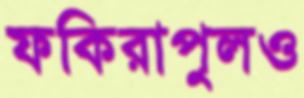
ফকিরাপুলও